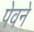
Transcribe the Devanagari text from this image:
पेवने